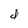
Character: d